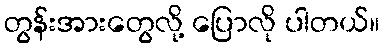
တွန်းအားတွေလို့ ပြောလို ပါတယ်။